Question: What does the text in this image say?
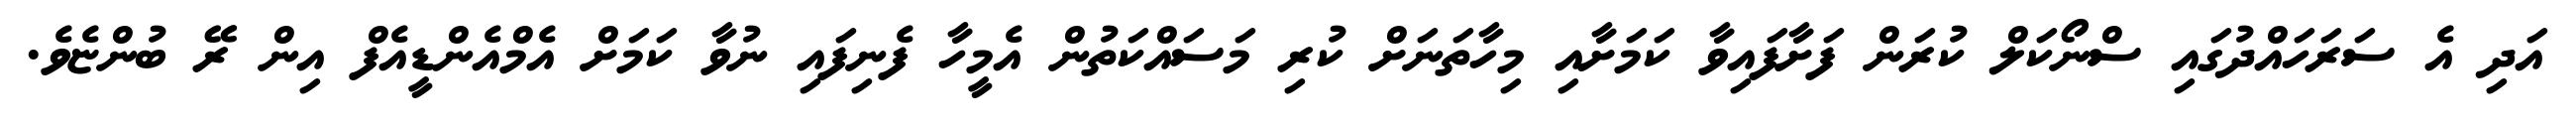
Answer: އަދި އެ ސަރަހައްދުގައި ސްނޯކަލް ކުރަން ފަށާފައިވާ ކަމަށާއި މިހާތަނަށް ކުރި މަސައްކަތުން އެމީހާ ފެނިފައި ނުވާ ކަމަށް އެމްއެންޑީއެފް އިން ރޭ ބުންޏެވެ.